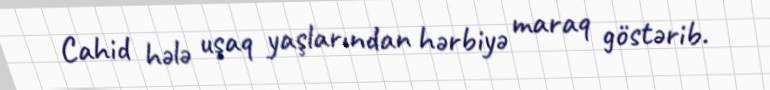
Cahid hələ uşaq yaşlarından hərbiyə maraq göstərib.